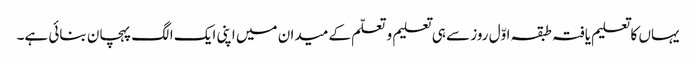
یہاں کا تعلیم یافتہ طبقہ اوّل روز سے ہی تعلیم و تعلّم کے میدان میں اپنی ایک الگ پہچان بنائی ہے۔